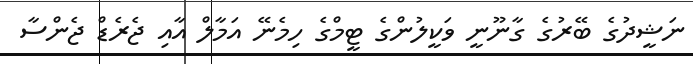
ނަޝީދުގެ ބޭރުގެ ގާނޫނީ ވަކީލުންގެ ޓީމްގެ ހިމެނޭ އަމާލް އާއި ޖެރެޑް ޖެންސާ